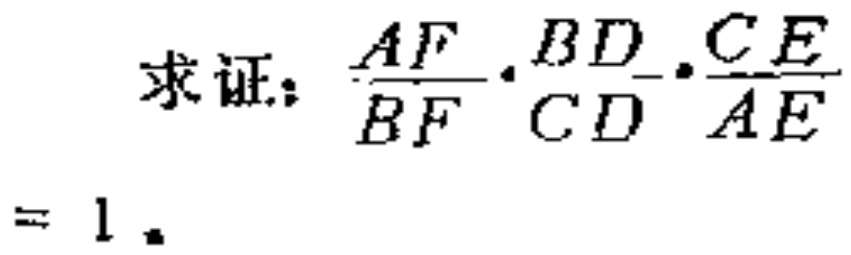
求证：\(\frac{AF}{BF}\cdot\frac{BD}{CD}\cdot\frac{CE}{AE}=1\)